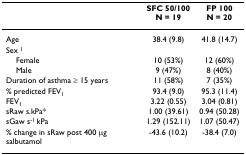
<table><thead><tr><td></td><td><b>SFC 50/100N = 19</b></td><td><b>FP 100N = 20</b></td></tr></thead><tbody><tr><td>Age</td><td>38.4 (9.8)</td><td>41.8 (14.7)</td></tr><tr><td>Sex <sup>1</sup></td><td></td><td></td></tr><tr><td> Female</td><td>10 (53%)</td><td>12 (60%)</td></tr><tr><td> Male</td><td>9 (47%)</td><td>8 (40%)</td></tr><tr><td>Duration of asthma ≥ 15 years</td><td>11 (58%)</td><td>7 (35%)</td></tr><tr><td>% predicted FEV<sub>1</sub></td><td>93.4 (9.0)</td><td>95.3 (11.4)</td></tr><tr><td>FEV<sub>1</sub></td><td>3.22 (0.55)</td><td>3.04 (0.81)</td></tr><tr><td>sRaw s.kPa*</td><td>1.00 (39.61)</td><td>0.94 (50.28)</td></tr><tr><td>sGaw s<sup>-1 </sup>kPa</td><td>1.29 (152.11)</td><td>1.07 (50.47)</td></tr><tr><td>% change in sRaw post 400 μg salbutamol</td><td>-43.6 (10.2)</td><td>-38.4 (7.0)</td></tr></tbody></table>